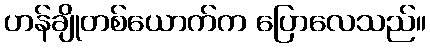
ဟန်ချိုတစ်ယောက်က ပြောလေသည်။